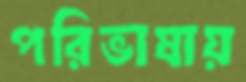
পরিভাষায়